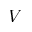
V